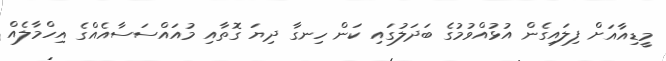
މީޑިއާއަށް ފިލައިގެން އުޅުއްވުމުގެ ބަދަލުގައި ކަން ހިނގާ ދިޔަ ގޮތާއި މުއައްސަސާއެއްގެ އިހްމާލެއް